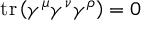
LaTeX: \operatorname { t r } \left( \gamma ^ { \mu } \gamma ^ { \nu } \gamma ^ { \rho } \right) = 0